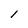
Character: 1